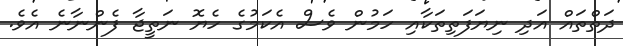
ދަތްތައް އަދި ނިޔަފަތިތަކާއި ހަމުން ވެސް އެކަމުގެ ހެޔޮ ނަތީޖާ ފެންނާނެ އެވެ.